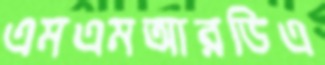
এমএমআরডিএ